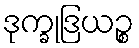
ဒုက္ခုဒြယဉ္စ